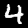
Digit: 4